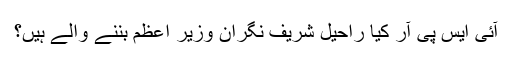
آئی ایس پی آر کیا راحیل شریف نگران وزیر اعظم بننے والے ہیں؟